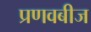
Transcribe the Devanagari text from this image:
प्रणवबीज